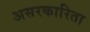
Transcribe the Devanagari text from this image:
असरकारिता